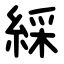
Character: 綵